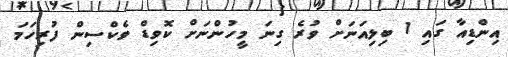
އިންޑިއާ ގައި 1 ބިލިއަނަށް ވުރެ ގިނަ މީހުންނަށް ކޮވިޑް ވެކްސިން ފުރިހަމަ